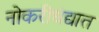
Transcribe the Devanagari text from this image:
नोकरीधंद्यात